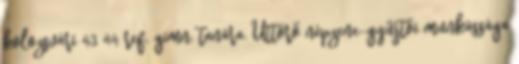
kolozsvári 43 44 ref. gimn. tanára. Úttörő népzene-gyűjtői munkássága